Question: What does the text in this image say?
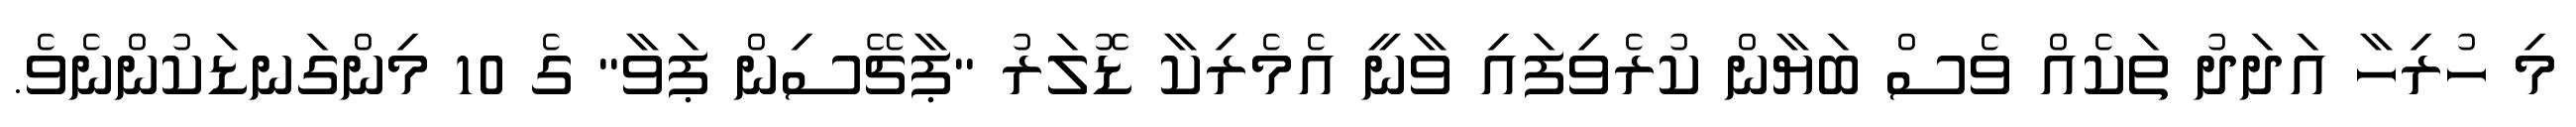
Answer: މި ހުރިހާ އަދަދު ތަކެއް ވެސް ބަޔާން ކުރެވިފައި ވާނީ އެމެރިކާ ޑޮލަރު "ޕާޗޭސިން ޕަވާ" ގެ 10 މިންގަނޑަކުންނެވެ.